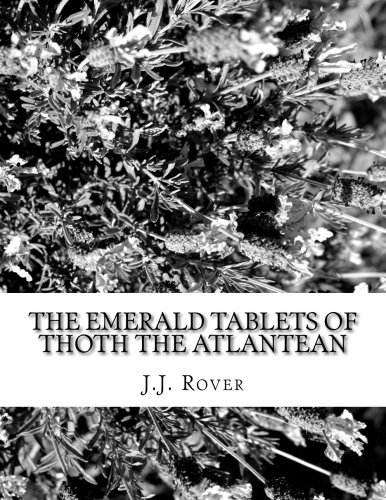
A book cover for The Emerald Tablets of Thoth the Atlantean; J.J. Rover; History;